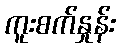
ကူးစက်နှုန်း